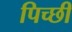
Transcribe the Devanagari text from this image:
पिच्छी